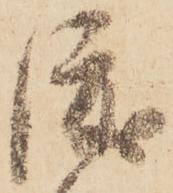
渡